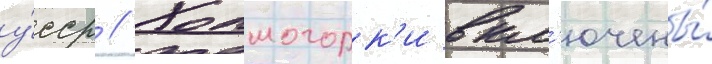
у́сср // Холмогорк'и вкл'ючены́